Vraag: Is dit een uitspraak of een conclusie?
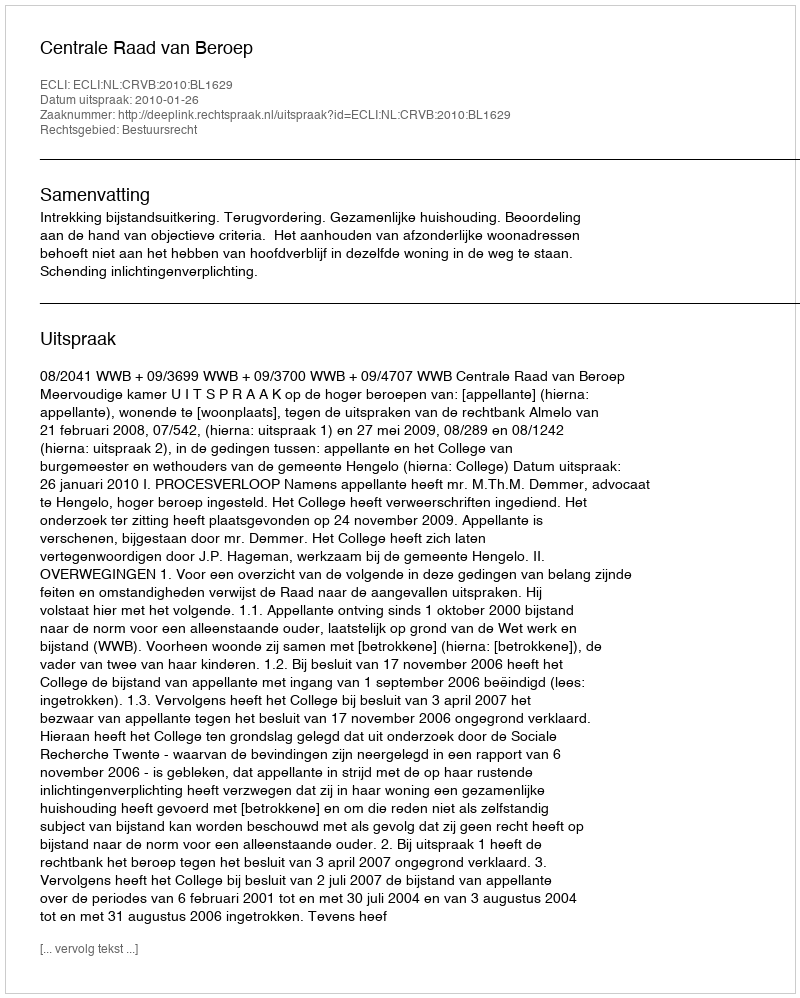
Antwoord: Uitspraak